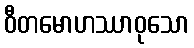
ဝီတမောဟဿာဝုသော